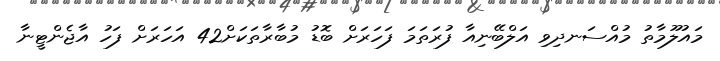
މައުލޫމާތު މުއްސަނދިވި އަލްބޭނިއާ ފުރަތަމަ ފަހަރަށް ބޮޑު މުބާރާތަކަށް42 އަހަރަށް ފަހު އާޖެންޓީނާ